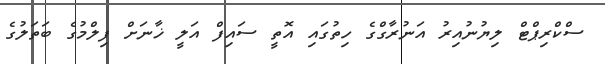
ސްކްރިޕްޓް ލިޔުނުއިރު އަނުރާގްގެ ހިތުގައި އޮތީ ސައިފް އަލީ ޚާނަށް ފިލްމުގެ ބަތަލުގެ